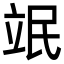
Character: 䇇